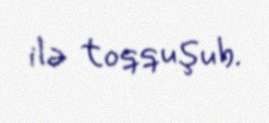
ilə toqquşub.